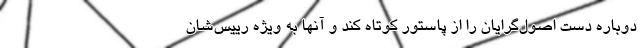
دوباره دست اصول‌گرایان را از پاستور کوتاه کند و آنها به ویژه رییس‌شان